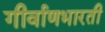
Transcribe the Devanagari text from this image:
गीर्वाणभारती